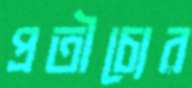
প্রতীচ্যের